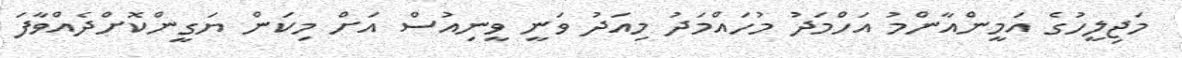
މަޖިލީހުގެ އަމީންއާންމު އަހްމަދު މުހައްމަދު މިއަދު ވަނީ ވީނިއުސް އަށް މިކަން ޔަގީންކޮށްދެއްވާފަ